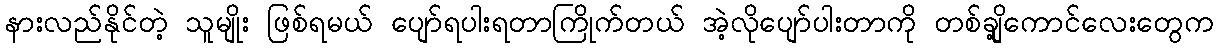
နားလည်နိုင်တဲ့ သူမျိုး ဖြစ်ရမယ် ပျော်ရပါးရတာကြိုက်တယ် အဲ့လိုပျော်ပါးတာကို တစ်ချို့ကောင်လေးတွေက